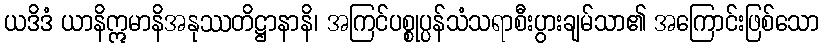
ယဒိဒံ ယာနိဣမာနိအနုဿတိဋ္ဌာနာနိ၊ အကြင်ပစ္စုပ္ပန်သံသရာစီးပွားချမ်သာ၏ အကြောင်းဖြစ်သော